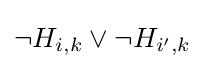
\lnot H_{i,k}\lor \lnot H_{i',k}